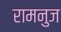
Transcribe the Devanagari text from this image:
रामनुज